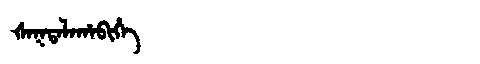
Manchu: ᡧᠠᡴᡨᠠᠯᠠᡥᠠᠪᡳᡥᡝ
Romanization: ŠAKTALAHABIHE